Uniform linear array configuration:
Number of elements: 8
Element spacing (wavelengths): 1
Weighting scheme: exponential
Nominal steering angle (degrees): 15
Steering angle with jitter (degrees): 13.643
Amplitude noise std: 0.05
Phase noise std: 0.05

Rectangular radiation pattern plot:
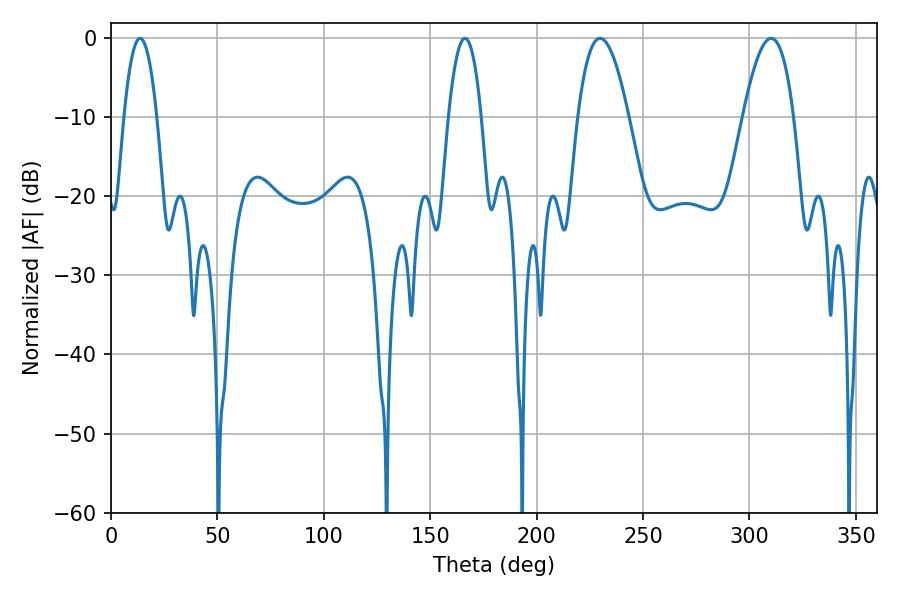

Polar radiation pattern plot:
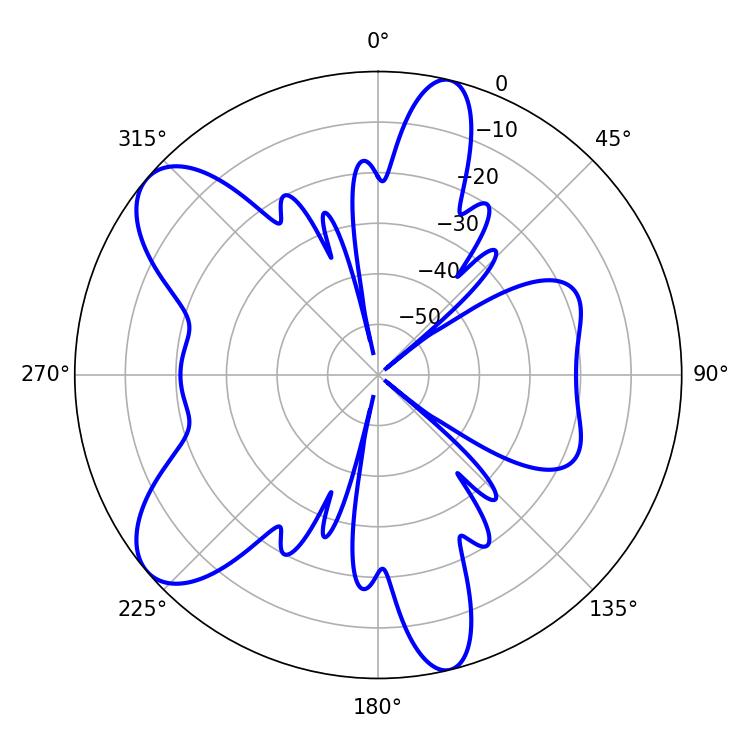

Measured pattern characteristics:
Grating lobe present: TRUE
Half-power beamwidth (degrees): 8.64
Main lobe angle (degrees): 13.68